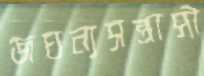
জঘন্যসন্ত্রাসী